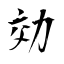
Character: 効